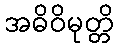
အဓိဝိမုတ္တိ